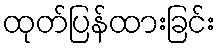
ထုတ်ပြန်ထားခြင်း